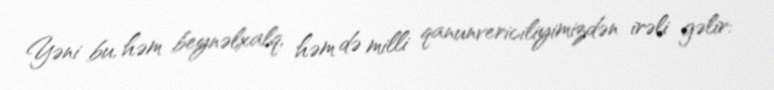
Yəni bu, həm beynəlxalq, həm də milli qanunvericiliyimizdən irəli gəlir: